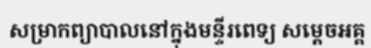
សម្រាកព្យាបាលនៅក្នុងមន្ទីរពេទ្យ សម្តេចអគ្គ